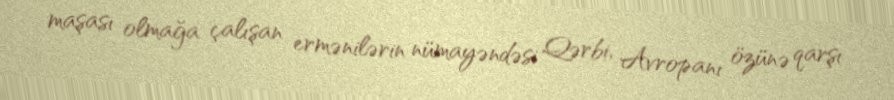
maşası olmağa çalışan ermənilərin nümayəndəsi Qərbi, Avropanı özünə qarşı